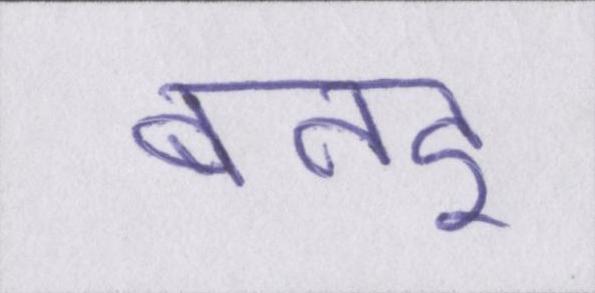
बनइ